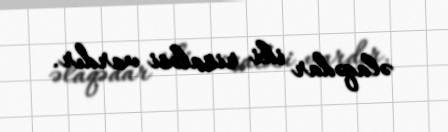
əlaqədar iki risaləsi vardır.